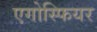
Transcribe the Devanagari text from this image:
एगोस्फियर